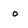
Character: o